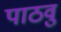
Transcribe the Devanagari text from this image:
पाठवु